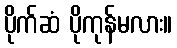
ပိုက်ဆံ ပိုကုန်မလား။